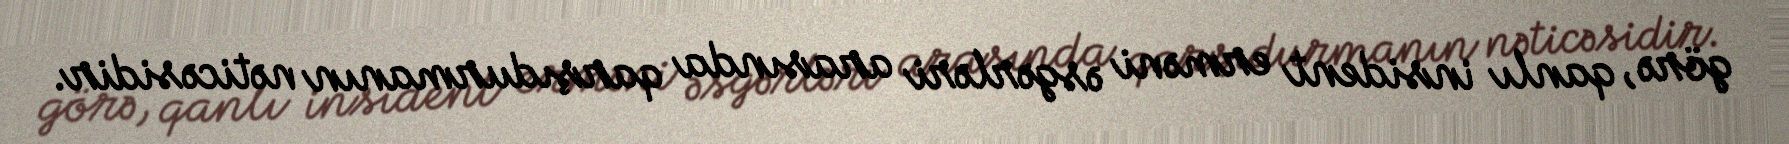
görə, qanlı insident erməni əsgərləri arasında qarşıdurmanın nəticəsidir.